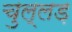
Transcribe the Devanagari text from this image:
चुल्लड़